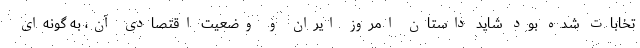
تخابات شده بود شاید داستان امروز ایران و وضعیت اقتصادی آن، به گونه‌ای